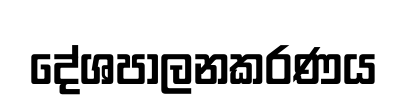
දේශපාලනකරණය